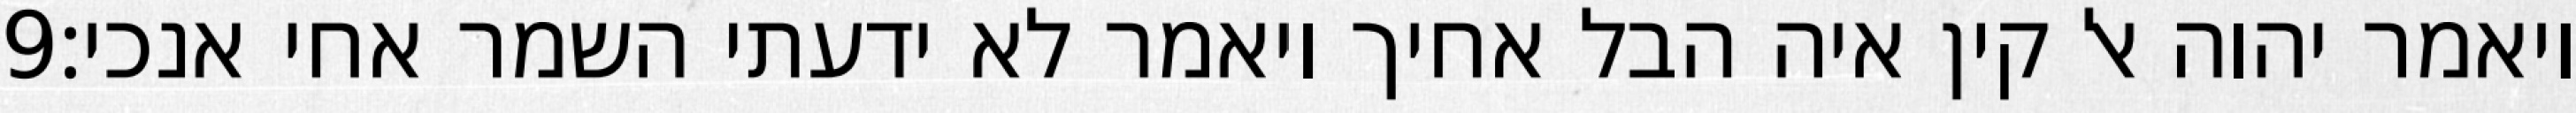
‎9‏ ויאמר יהוה אל קין איה הבל אחיך ויאמר לא ידעתי השמר אחי אנכי׃